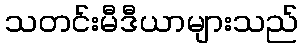
သတင်းမီဒီယာများသည်